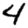
Digit: 4